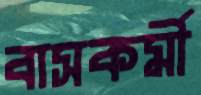
বাসকর্মী